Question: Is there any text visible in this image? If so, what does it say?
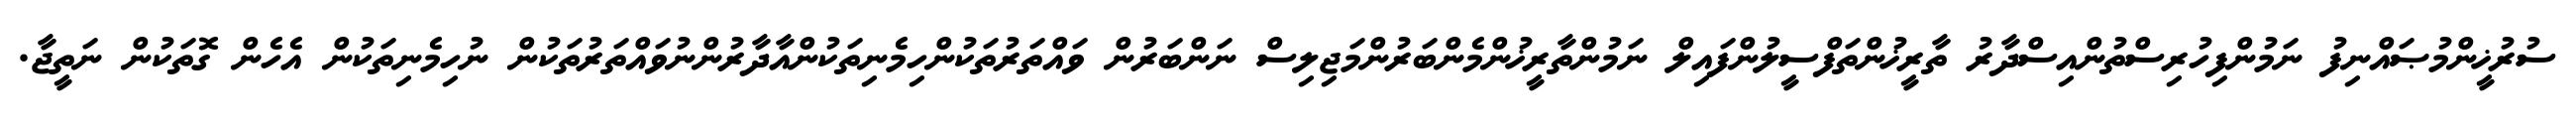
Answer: ސުރުޚީންމުޞައްނިފު ނަމުންފިހުރިސްތުންއިސްދާރު ތާރީޚުންތަފްސީލުންފައިލް ނަމުންތާރީޚުންމެންބަރުންމަޖިލިސް ނަންބަރުން ވައްތަރުތަކުންހިމެނިތަކުންއާދާރުންނުވައްތަރުތަކުން ނުހިމެނިތަކުން އެހެން ގޮތަކުން ނަތީޖާ.